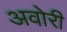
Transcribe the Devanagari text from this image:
अवोरी